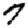
Digit: 7